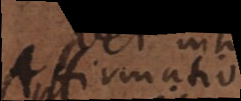
Affirmatio